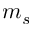
m _ { s }